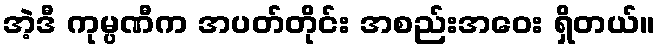
အဲ့ဒီ ကုမ္ပဏီက အပတ်တိုင်း အစည်းအဝေး ရှိတယ်။